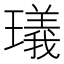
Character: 㼁